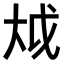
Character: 𫯢